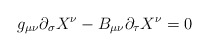
\begin{align*}g_{\mu \nu} \partial_{\sigma} X^{\nu} - B_{\mu \nu} \partial_{\tau} X^{\nu}=0\end{align*}